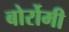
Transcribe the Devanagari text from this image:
बोर्रोमी